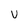
Character: U